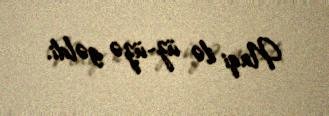
Naqi ilə üz-üzə gəldi.